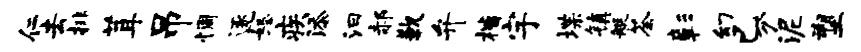
仁去排茸吊惆逐怒疾添汩郝歉弁楷宇堞镇艇荼彰幻已分泥塑